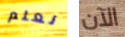
نعلم الآن